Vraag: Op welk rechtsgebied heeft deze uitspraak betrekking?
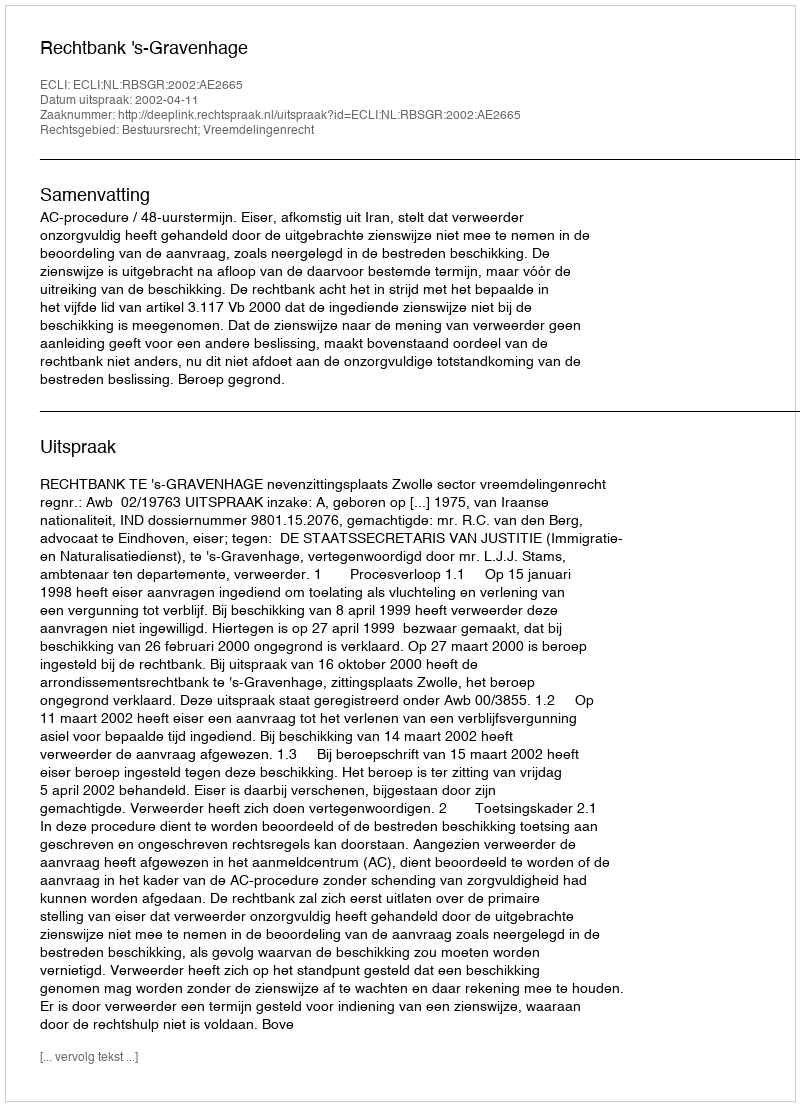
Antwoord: Bestuursrecht; Vreemdelingenrecht